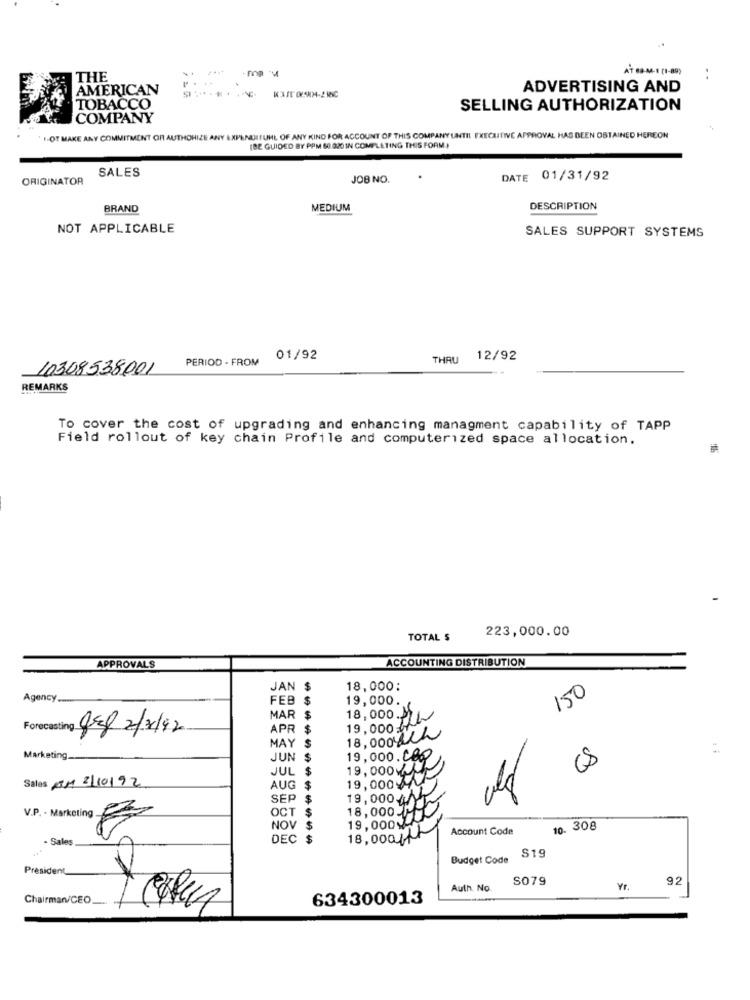
. (1-89)
THE
.
AMERICAN
ADVERTISING AND
KNIE 02904-2180
TOBACCO
SELLING AUTHORIZATION
COMPANY
' I-OT MAKE ANY COMMITMENT OR AUTHORIZE ANY EXPENUITUHL OF ANY KIND FOR ACCOUNT OF THIS COMPANY UNTIL EXECUTIVE APPROVAL HAS BEEN OBTAINED HEREON
[BE GUIDED BY PPM 60.020 IN COMPLETING THIS FORM
SALES
ORIGINATOR
JOB NO.
DATE
01/31/92
BRAND
MEDIUM
DESCRIPTION
NOT APPLICABLE
SALES SUPPORT SYSTEMS
PERIOD - FROM
01/92
THRU
12/92
10308538001
REMARKS
To cover the cost of upgrading and enhancing managment capability of TAPP
Field rollout of key chain Profile and computerized space allocation.
223,000.00
TOTAL $
ACCOUNTING DISTRIBUTION
APPROVALS
JAN $
18,000:
150
Agency
FEB
19,000.
MAR
$
18,000. 12
Forecasting Gel 2/3/92
APR
$
19,000
$
18,00auch
MAY
Marketing_
JUN
$
19,000.000
JUL $
19,000KM
Sales RTM 3/10/92
19,000
AUG
$
SEP
19,0004/
V.P. - Marketing
OCT
$
18,000
NOV $
19,0009
Account Code
10. 308
- Sales
DEC $
18,000ft
Budget Code
S19
President
S079
92
Auth. No.
Yr.
Chairman/CEO
634300013